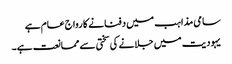
سامی مذاہب میں دفنانے کا رواج عام ہے
یہودیت میں جلانے کی سختی سے ممانعت ہے۔